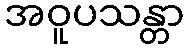
အဝူပသန္တာ